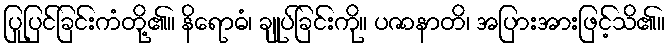
ပြုပြင်ခြင်းကံတို့၏။ နိရောဓံ၊ ချုပ်ခြင်းကို။ ပဇာနာတိ၊ အပြားအားဖြင့်သိ၏။